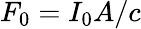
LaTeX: F_{0}=I_{0}A/c